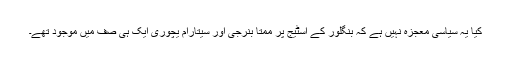
کیا یہ سیاسی معجزہ نہیں ہے کہ بنگلور کے اسٹیج پر ممتا بنرجی اور سیتارام یچوری ایک ہی صف میں موجود تھے۔